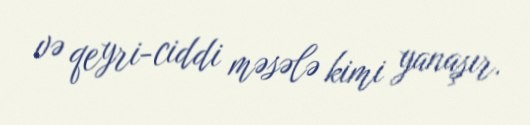
və qeyri-ciddi məsələ kimi yanaşır.